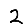
Digit: 2